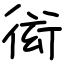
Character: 衒